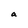
Character: a